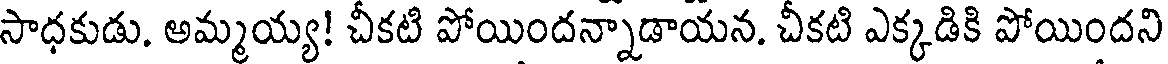
సాధకుడు. అమ్మయ్య! చీకటి పోయిందన్నాడాయన. చీకటి ఎక్కడికి పోయిందని